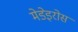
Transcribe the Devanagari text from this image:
मेडेइरोस